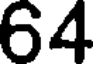
64